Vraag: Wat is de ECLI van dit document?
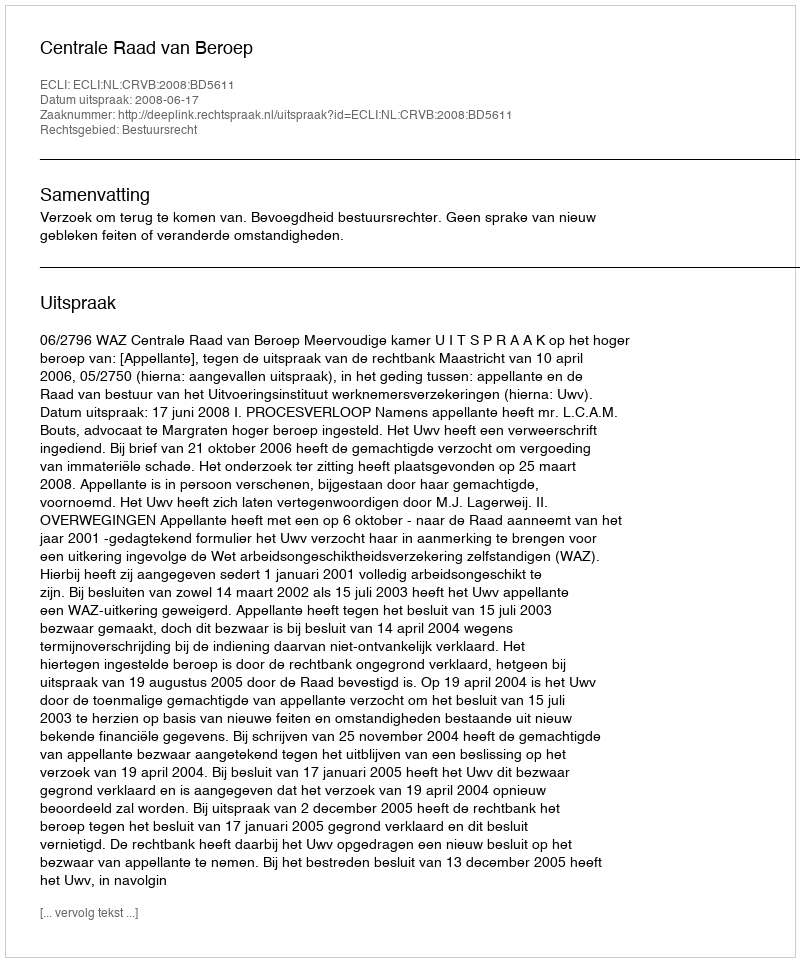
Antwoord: ECLI:NL:CRVB:2008:BD5611